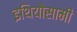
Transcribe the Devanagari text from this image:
इथियोसामी